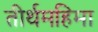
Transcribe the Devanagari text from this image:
तीर्थमहिमा